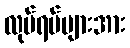
လုပ်ရပ်များအား